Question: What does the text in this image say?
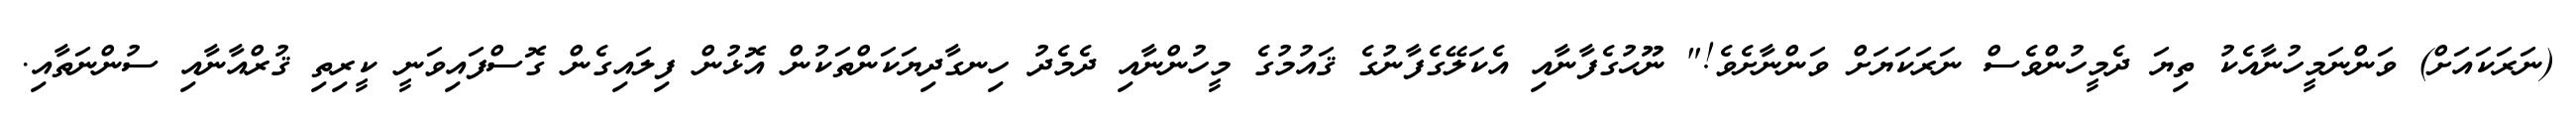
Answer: (ނަރަކައަށް) ވަންނަމީހުނާއެކު ތިޔަ ދެމީހުންވެސް ނަރަކަޔަށް ވަންނާށެވެ!" ނޫޙުގެފާނާއި އެކަލޭގެފާނުގެ ޤައުމުގެ މީހުންނާއި ދެމެދު ހިނގާދިޔަކަންތަކުން އޮޅުން ފިލައިގެން ގޮސްފައިވަނީ ކީރިތި ޤުރްއާނާއި ސުންނަތާއި.